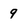
Character: 9